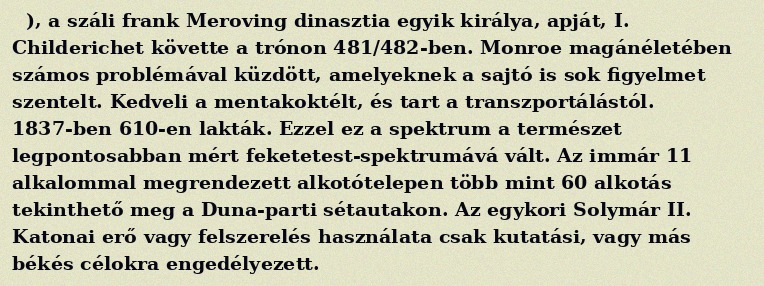
), a száli frank Meroving dinasztia egyik királya, apját, I. Childerichet követte a trónon 481/482-ben. Monroe magánéletében számos problémával küzdött, amelyeknek a sajtó is sok figyelmet szentelt. Kedveli a mentakoktélt, és tart a transzportálástól. 1837-ben 610-en lakták. Ezzel ez a spektrum a természet legpontosabban mért feketetest-spektrumává vált. Az immár 11 alkalommal megrendezett alkotótelepen több mint 60 alkotás tekinthető meg a Duna-parti sétautakon. Az egykori Solymár II. Katonai erő vagy felszerelés használata csak kutatási, vagy más békés célokra engedélyezett.